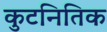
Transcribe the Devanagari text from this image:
कुटनितिक